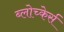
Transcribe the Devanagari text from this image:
ब्लोच्केर्स